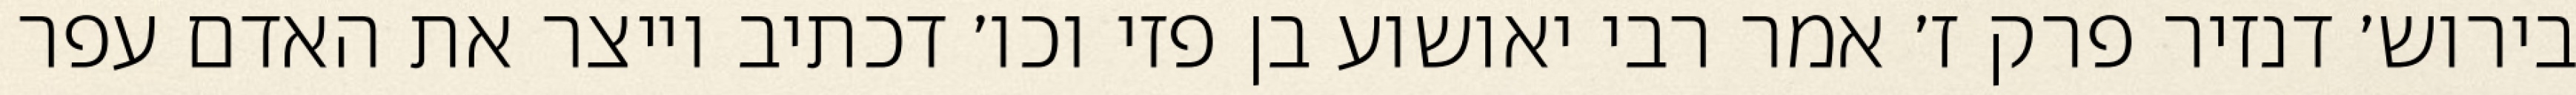
בירוש׳ דנזיר פרק ז׳ אמר רבי יאושוע בן פזי וכו׳ דכתיב וייצר את האדם עפר